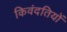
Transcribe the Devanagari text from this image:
किवंदतियों